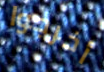
أخرجوا